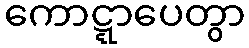
ကောဋ္ဋာပေတွာ